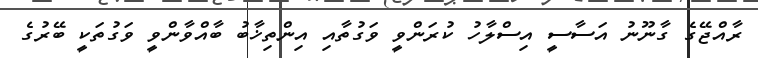
ރާއްޖޭގެ ގާނޫނު އަސާސީ އިސްލާހު ކުރަންވީ ވަގުތާއި އިންތިޚާބު ބާއްވާންވީ ވަގުތަކީ ބޭރުގެ